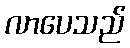
လာပေသည်